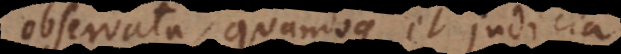
observata, quandoque et judicia